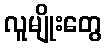
လူမျိုးတွေ